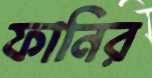
ফানির